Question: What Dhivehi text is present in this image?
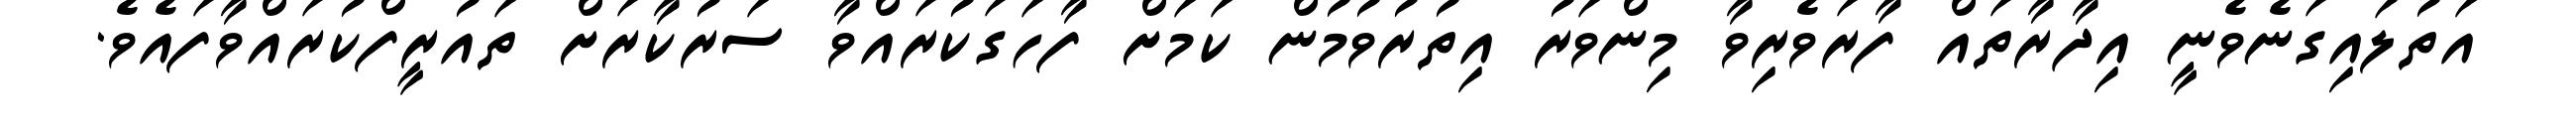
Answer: އަތުލައިގަނެވެނީ އިދާރާތައް ފާރަވެރިވާ މިންވަރު އިތުރުވުމުން ކަމަށް ފާހަގަކުރައްވާ ސަރުކާރަށް ތައުރީފްކުރައްވާފައެވެ.